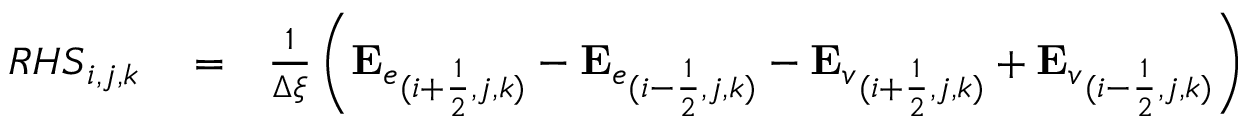
\begin{array} { r l r } { { R H S } _ { i , j , k } } & { { } = } & { \frac { 1 } { \Delta \xi } \left( { \mathbf { E } _ { e } } _ { ( i + \frac { 1 } { 2 } , j , k ) } - { \mathbf { E } _ { e } } _ { ( i - \frac { 1 } { 2 } , j , k ) } - { \mathbf { E } _ { v } } _ { ( i + \frac { 1 } { 2 } , j , k ) } + { \mathbf { E } _ { v } } _ { ( i - \frac { 1 } { 2 } , j , k ) } \right) } \end{array}